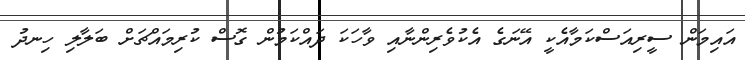
އައިމަން ސީރިއަސްކަމާއެކީ އޭނަގެ އެކުވެރިންނާއި ވާހަކަ ދައްކަމުން ގޮސް ކުރިމައްޗަށް ބަލާލި ހިނދު